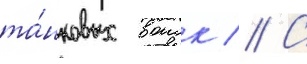
та́нковых воиск // С